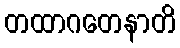
တထာဂတေနာတိ